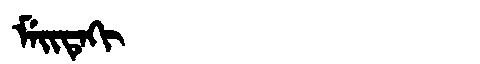
Manchu: ᠮᡝᡳᡨᡝᡴᡳ
Romanization: MEITEKI